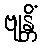
ဗျန္တိံ